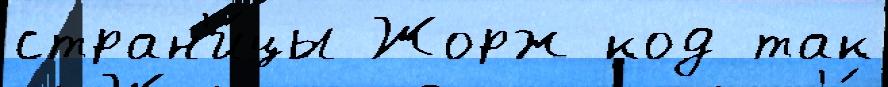
стран'и́цы Жорж код так